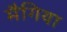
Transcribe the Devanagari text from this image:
मैगिया